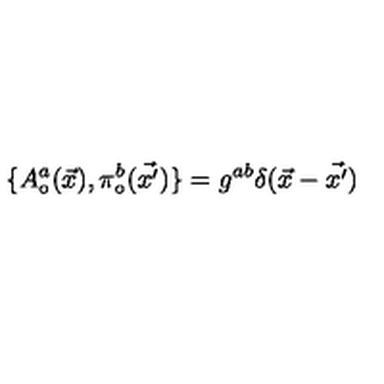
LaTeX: \{ A _ { \circ } ^ { a } ( \vec { x } ) , \pi _ { \circ } ^ { b } ( \vec { x ^ { \prime } } ) \} = g ^ { a b } \delta ( \vec { x } - \vec { x ^ { \prime } } )